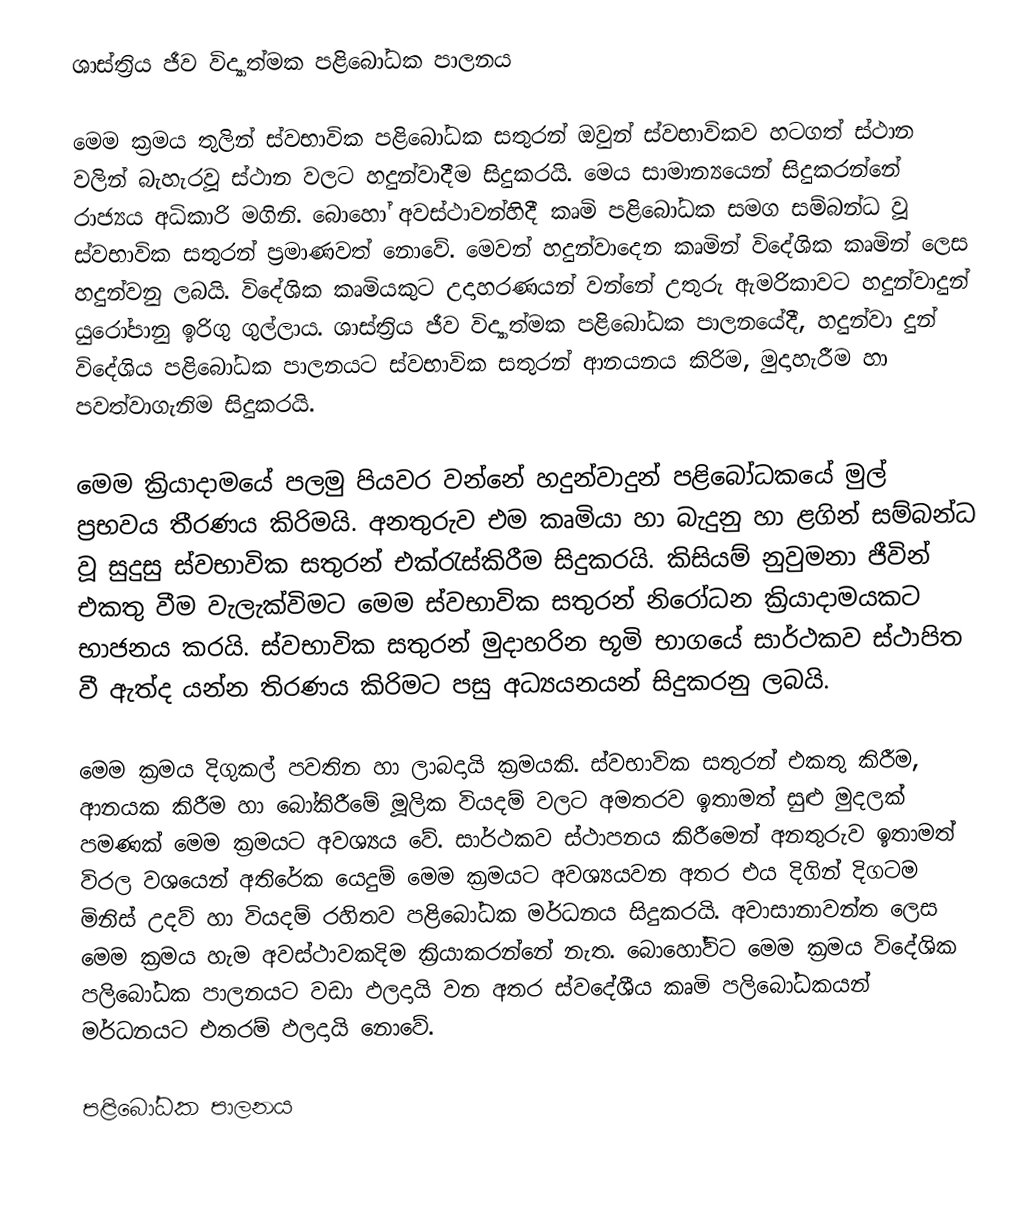
ශාස්ත්‍රිය ජීව විද්‍යාත්මක පළිබෝධක පාලනය

මෙම ක්‍රමය තුලින් ස්වභාවික පළිබෝධක සතුරන් ඔවුන් ස්වභාවිකව හටගත් ස්ථාන වලින් බැහැරවූ ස්ථාන වලට හදුන්වාදීම සිදුකරයි. මෙය සාමාන්‍යයෙන් සිදුකරන්නේ රාජ්‍යය අධිකාරි මගිනි. බොහෝ අවස්ථාවන්හිදී කෘමි පළිබෝධක සමග සම්බන්ධ වූ ස්වභාවික සතුරන් ප්‍රමාණවත් නොවේ. මෙවන් හදුන්වාදෙන කෘමින් විදේශික කෘමින් ලෙස හදුන්වනු ලබයි. විදේශික කෘමියකුට උදාහරණයන් වන්නේ උතුරු ඇමරිකාවට හදුන්වාදුන් යුරෝපානු ඉරිගු ගුල්ලාය. ශාස්ත්‍රිය ජීව විද්‍යාත්මක පළිබෝධක පාලනයේදී, හදුන්වා දුන් විදේශිය පළිබෝධක පාලනයට ස්වභාවික සතුරන් ආනයනය කිරිම, මුදාහැරීම හා ‍පවත්වාගැනිම සිදුකරයි.

මෙම ක්‍රියාදාමයේ පලමු පියවර වන්නේ හදුන්වාදුන් පළිබෝධකයේ මුල් ප්‍රභවය තීරණය කිරිමයි. අනතුරුව එම කෘමියා හා බැදුනු හා ළගින් සම්බන්ධ වූ සුදුසු ස්වභාවික සතුරන් එක්රැස්කිරීම සිදුකරයි. කිසියම් නුවුමනා ජීවින් එකතු වීම වැලැක්විමට මෙම ස්වභාවික සතුරන් නිරෝධන ක්‍රියාදාමයකට භාජනය කරයි. ස්වභාවික සතුරන් මුදාහරින භූමි භාගයේ සාර්ථකව ස්ථාපිත වී ඇත්ද යන්න තිරණය කිරිමට පසු අධ්‍යයනයන් සිදුකරනු ලබයි.

මෙම ක්‍රමය දිගුකල් පවතින හා ලාබදායි ක්‍රමයකි. ස්වභාවික සතුරන් එකතු කිරීම, ආනයක කිරීම හා බෝකිරීමේ මූලික වියදම් වලට අමතරව ඉතාමත් සුළු මුදලක් පමණක් මෙම ක්‍රමයට අවශ්‍යය වේ. සාර්ථකව ස්ථාපනය කිරීමෙන් අනතුරුව ඉතාමත් විරල වශයෙන් අතිරේක යෙදුම් මෙම ක්‍රමයට අවශ්‍යයවන අතර එය දිගින් දිගටම මිනිස් උදව් හා වියදම් රහිතව පළිබෝධක මර්ධනය සිදුකරයි. අවාසානාවන්ත ලෙස මෙම ක්‍රමය හැම අවස්ථාවකදිම ක්‍රියාකරන්නේ නැත. බොහෝවිට මෙම ක්‍රමය විදේශික පලිබෝධක පාලනයට වඩා ඵලදායි වන අතර ස්වදේශීය කෘමි පලිබෝධකයන් මර්ධනයට එතරම් ඵලදායි නොවේ.

පළිබෝධක පාලනය